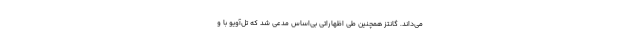
می‌داند. گانتز همچنین طی اظهاراتی بی‌اساس مدعی شد که تل‌آویو با و